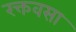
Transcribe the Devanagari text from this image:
रक्तवसा